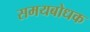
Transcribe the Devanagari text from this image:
समयबोधक